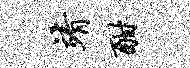
靖酣